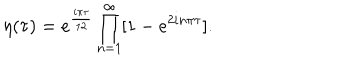
\displaystyle \eta ( \tau ) = e ^ { \frac { i \pi \tau } { 1 2 } } \prod _ { n = 1 } ^ { \infty } [ 1 - e ^ { 2 i n \pi \tau } ] .